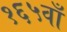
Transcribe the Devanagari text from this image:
१६५वाँ